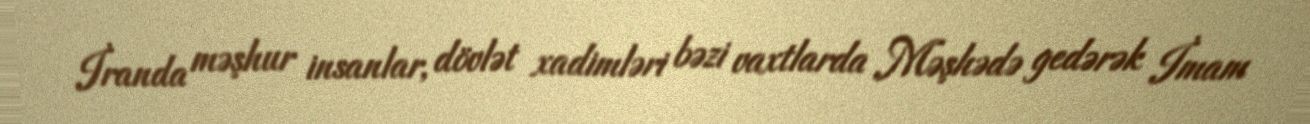
İranda məşhur insanlar, dövlət xadimləri bəzi vaxtlarda Məşhədə gedərək İmam